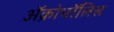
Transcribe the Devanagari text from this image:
ॲक्रोपॉलिस